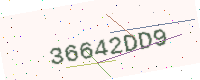
Text: 36642DD9